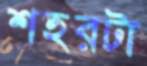
শহরটা